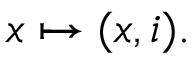
x \mapsto ( x , i ) .